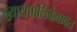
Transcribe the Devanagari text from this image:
न्यायपालिकेबाबत